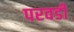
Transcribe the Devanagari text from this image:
परवडी